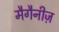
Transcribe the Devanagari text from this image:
मैगैनीज़